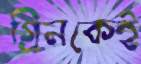
গ্রিনকেই